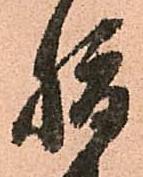
腹